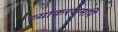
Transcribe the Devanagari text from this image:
व्याकरणमपि